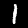
Label: 1